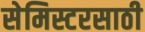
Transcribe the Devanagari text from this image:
सेमिस्टरसाठी